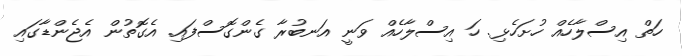
ހަތް އިސްލާހެއް ހުށަހެޅި. ހަ އިސްލާހެއް ވަނީ އަނބުރާ ގެންގޮސްފައި. އެގޮތުން އެޖެންޑާގައި